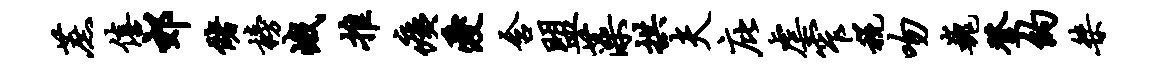
蔗僖郊储榜峨推痍爱含盟藻拱夫庇虐窄税吻巍登约桀